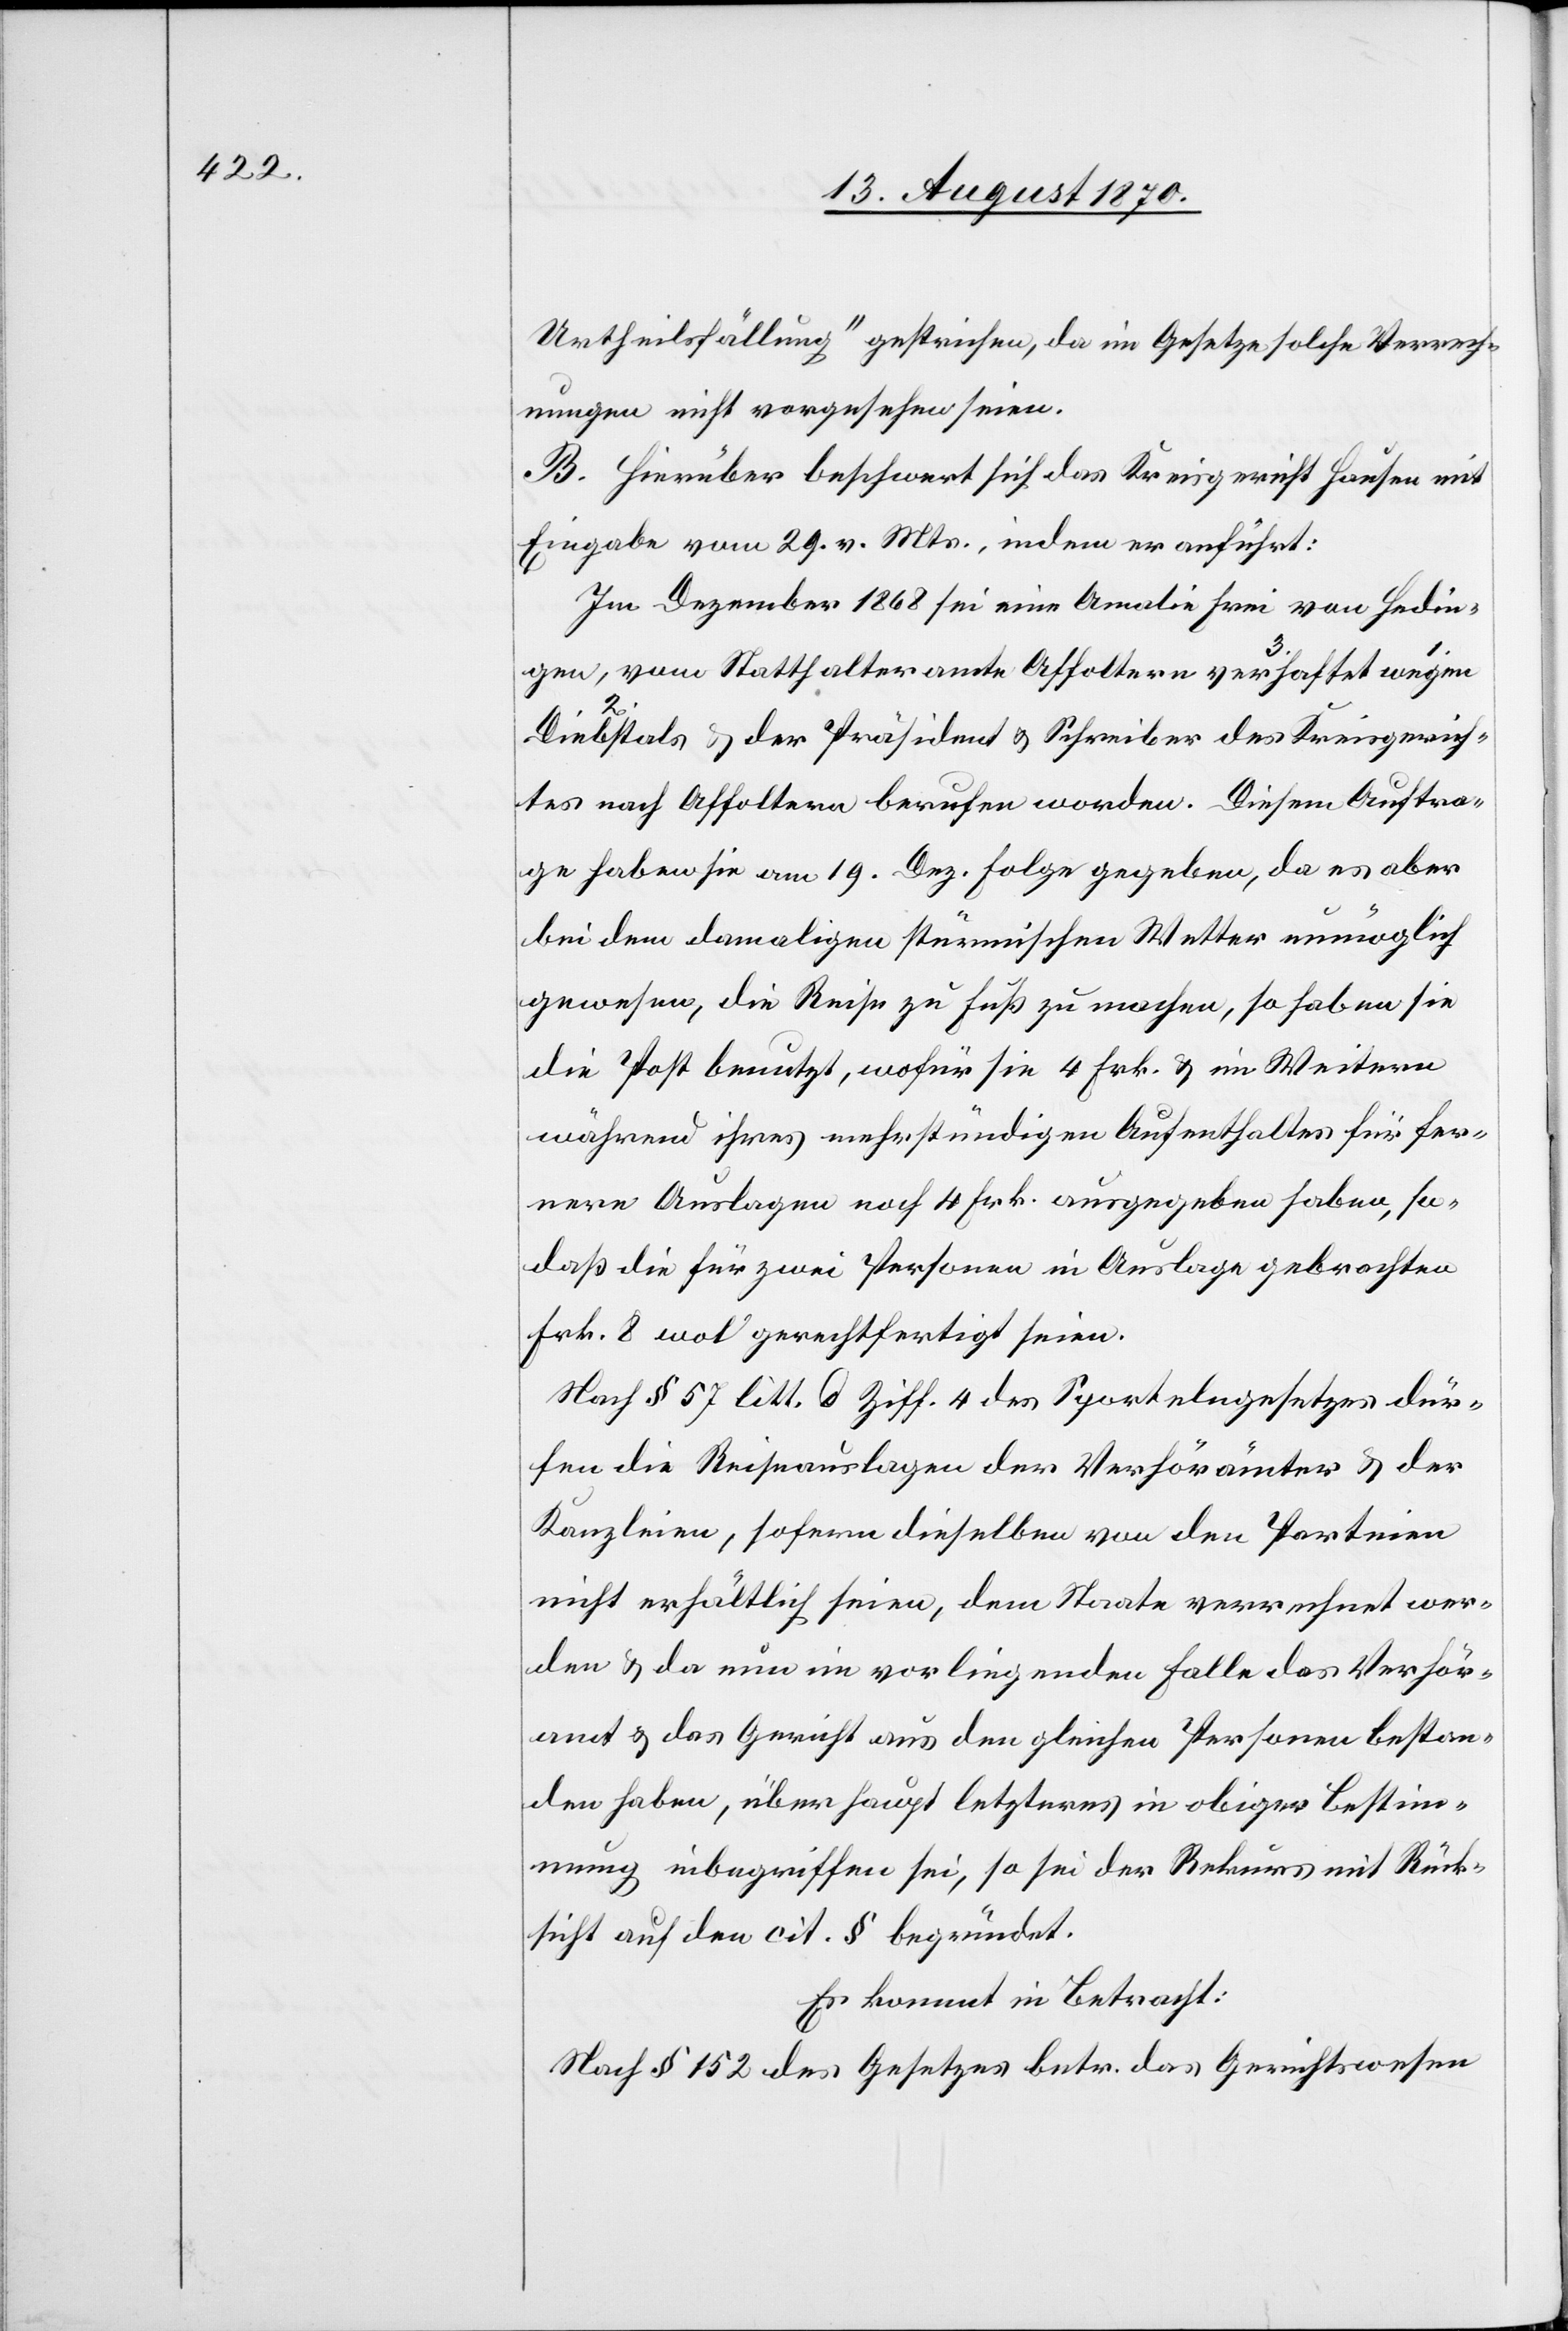
Urtheilsfällung“ gestrichen, da im Gesetze solche Verrech¬
nungen nicht vorgesehen seien.
B. Hierüber beschwert sich das Kreisgericht Hausen mit
Eingabe vom 29. v. Mts., indem er [sic!] anführt:
Im Dezember 1868 sei eine Amalie Frei von Hedin¬
gen, vom Statthalteramte Affoltern wegen Diebstals
Kreisgerich¬
tes nach Affoltern berufen worden. Diesem Auftra¬
ge haben sie am 19. Dez. Folge gegeben, da es aber
bei dem damaligen stürmischen Wetter unmöglich
gewesen, die Reise zu Fuß zu machen, so haben sie
die Post benutzt, wofür sie 4 Frk. & im Weitern
während ihres mehrstündigen Aufenthaltes für fer¬
nere Auslagen noch 4 Frk. ausgegeben haben, so¬
daß die für zwei Personen in Auslage gebrachten
Frk. 8 wol gerechtfertigt seien.
Nach § 57 litt. d Ziff. 4 des Sportelngesetzes dür¬
fen die Reiseauslagen der Verhörämter & der
Kanzleien, sofern dieselben von den Parteien
nicht erhältlich seien, dem Staate verrechnet wer¬
den & da nun im vorliegenden Falle das Verhör¬
amt & das Gericht aus den gleichen Personen bestan¬
den haben, überhaupt letzteres in obiger Bestim¬
mung inbegriffen sei, so sei der Rekurs mit Rück¬
sicht auf den cit. § begründet.
Es kommt in Betracht:
Nach § 152 des Gesetzes betr. das Gerichtswesen